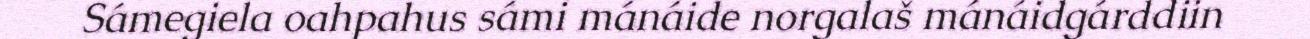
Sámegiela oahpahus sámi mánáide norgalaš mánáidgárddiin